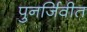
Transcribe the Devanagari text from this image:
पुनर्जिवीत